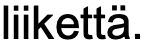
liikettä.